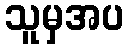
သူမှအပ